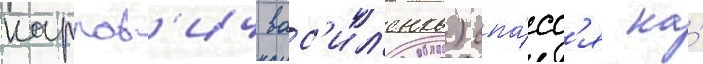
карпов'ич вас'ил'енко) спа́сс'я на́